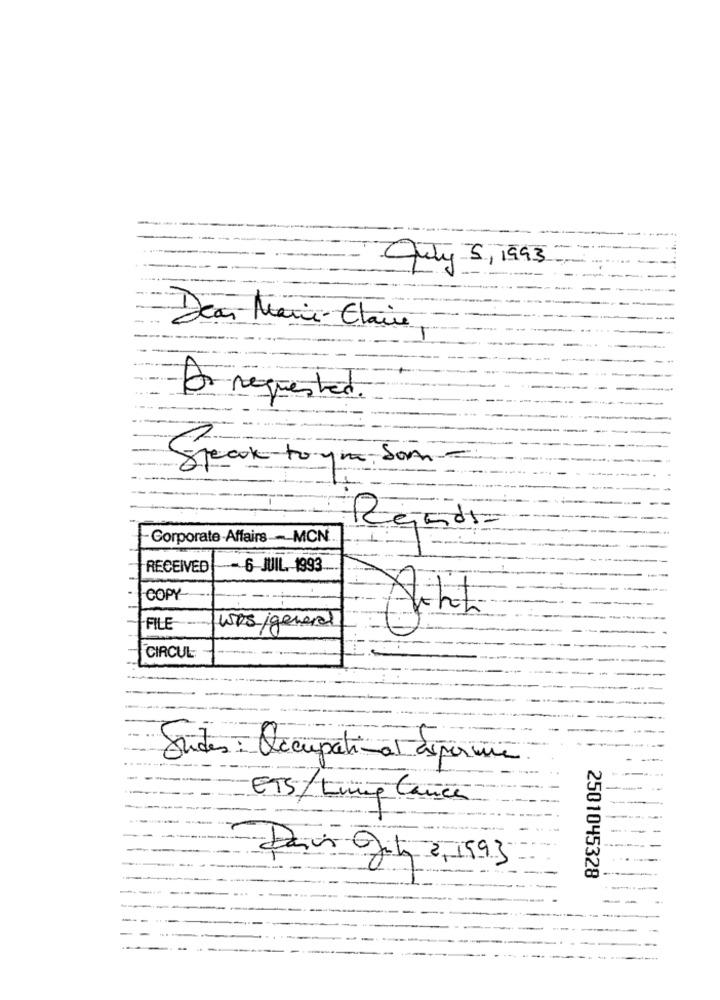
July 5, 1993
Dear Marie Claire
-
requested.
Speck to ya Som -
- Corporate-Affairs -- - MCN.
RECEIVED
6 JUIL. 1993
COPY
FILE
was /general
CIRCUL
Guides : Occupatimat esperma
ETS/ Lung Cancer
Darvi Ofity 2, 1993
2501045328